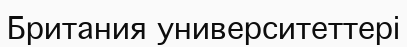
Британия университеттері